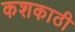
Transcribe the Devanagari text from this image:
कशकाठी